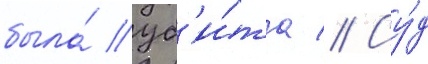
была́ уб'и́та // Су́д